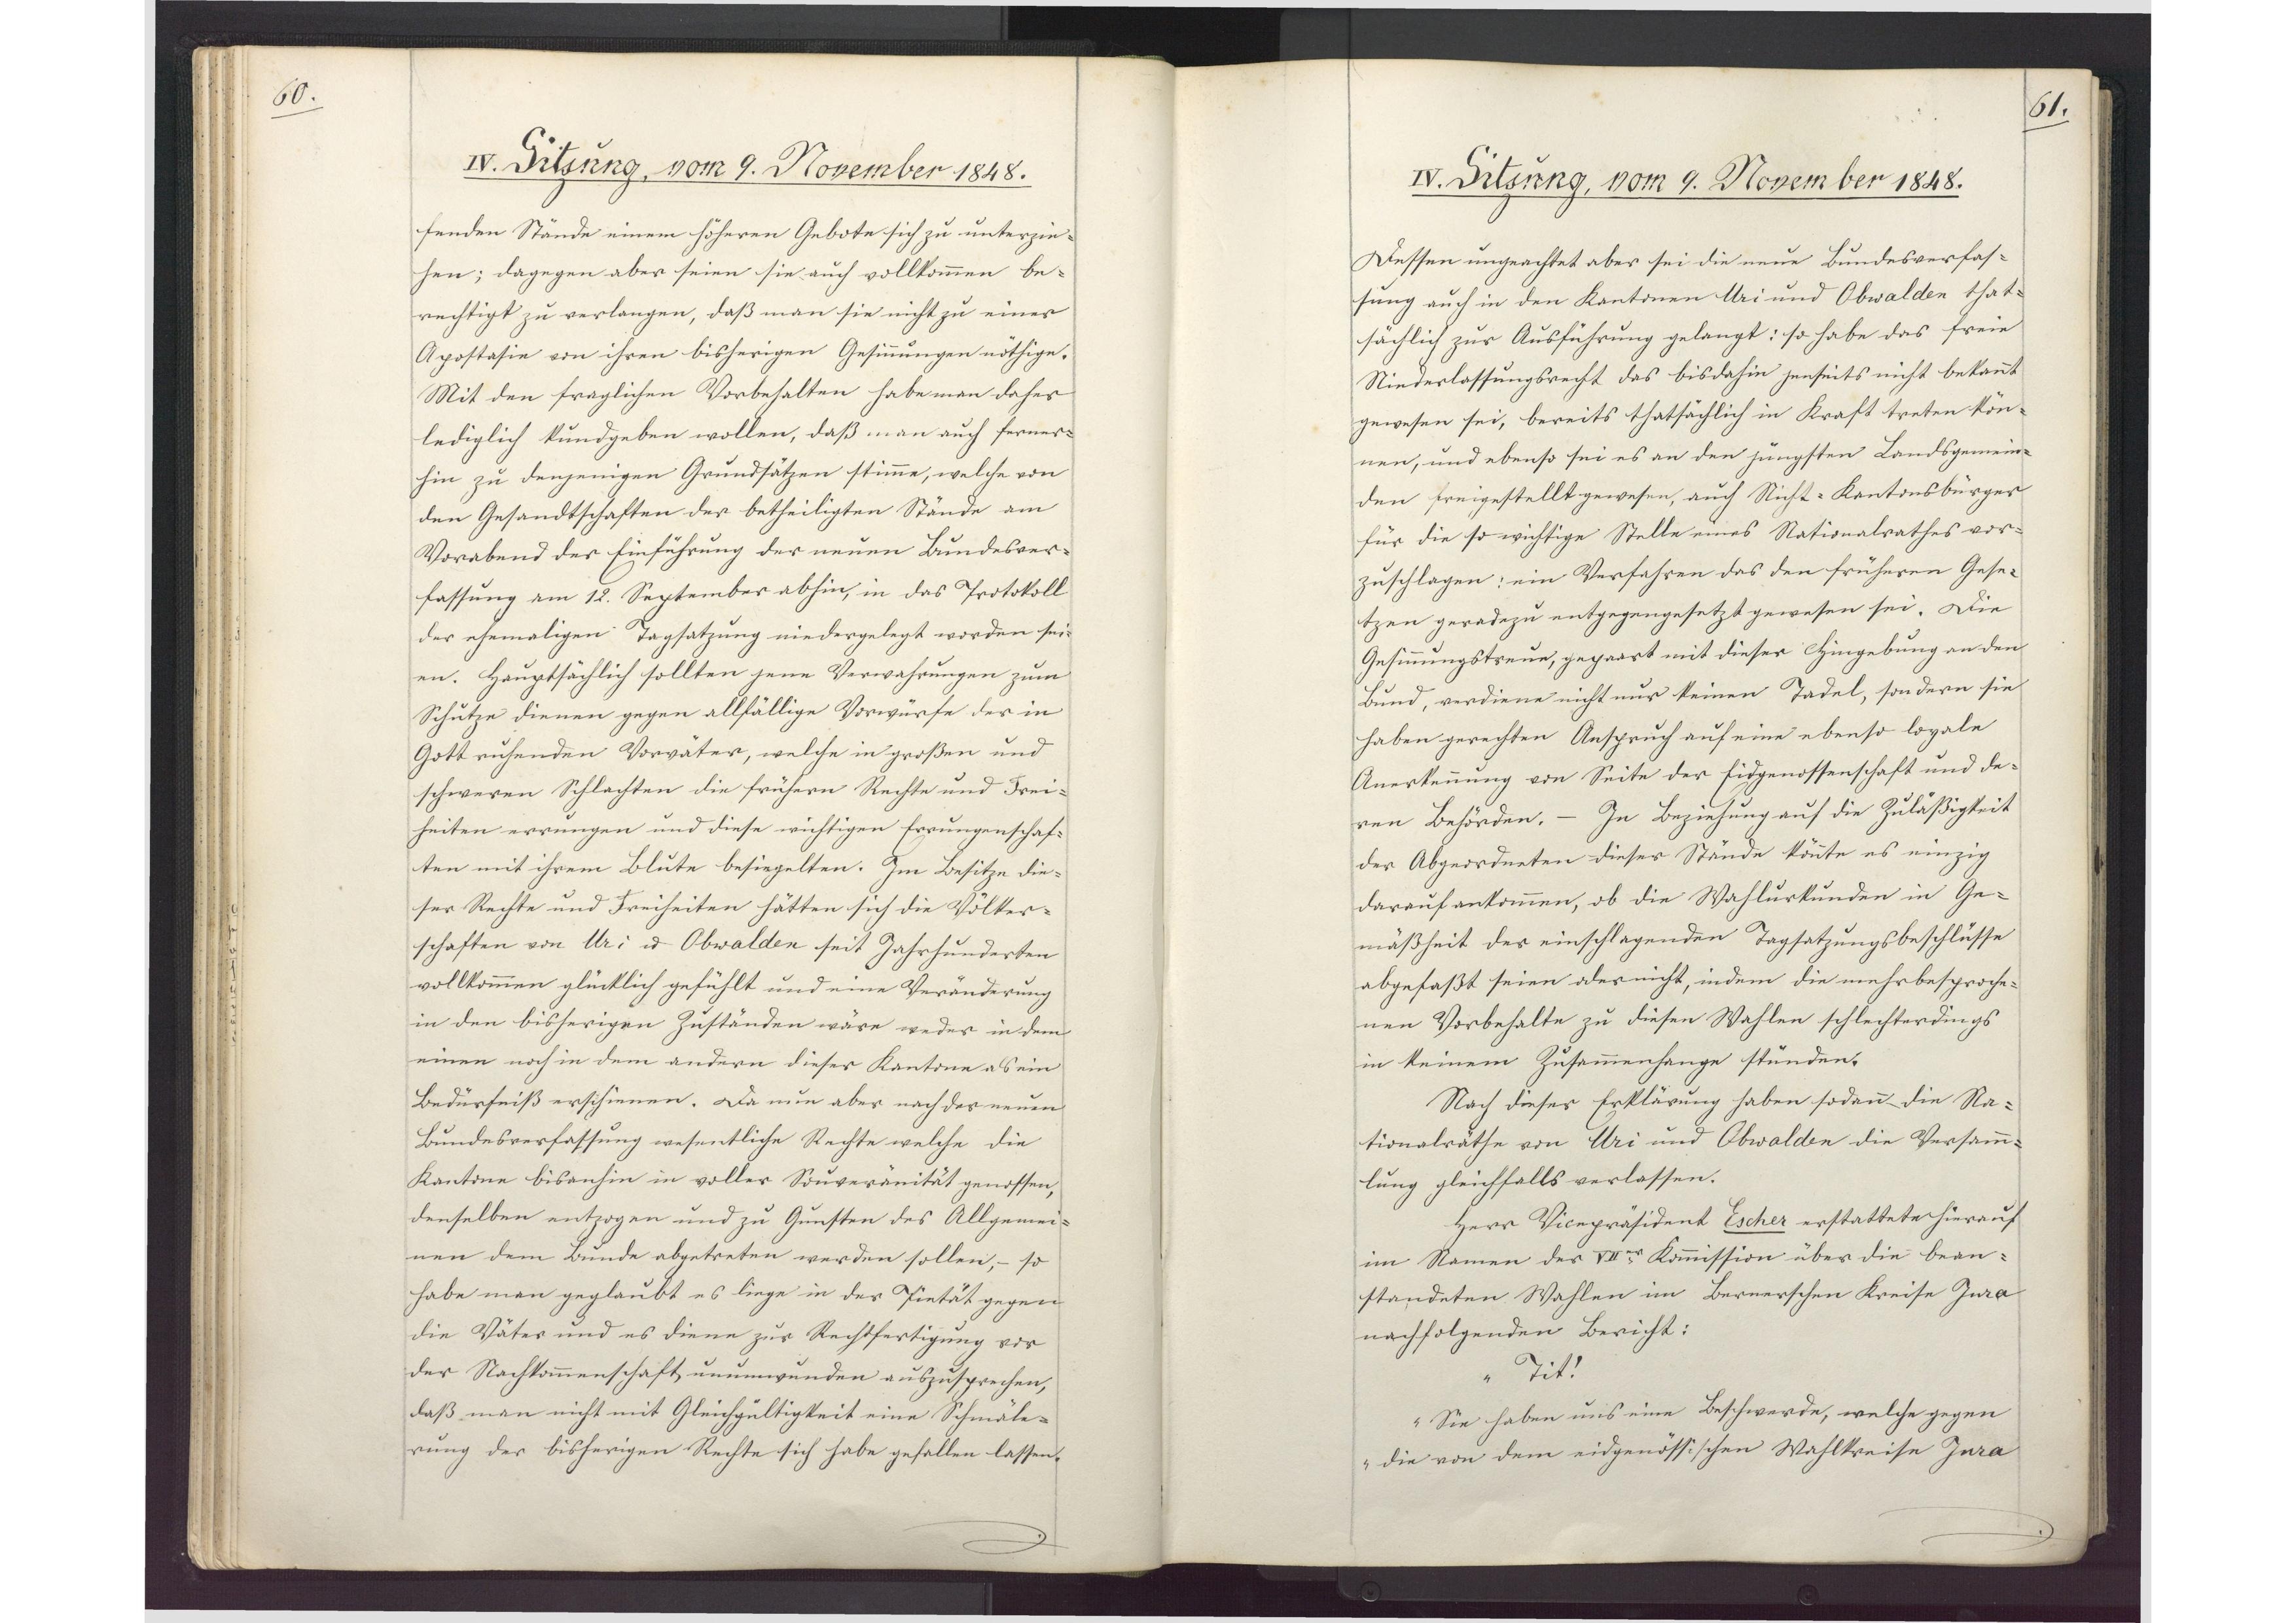
60.

IV. Sitzung, vom 9. November 1848.

fenden Stände einem höheren Gebote sich zu unterzie¬
hen; dagegen aber seien sie auch vollkommen be¬
rechtigt zu verlangen, daß man sie nicht zu einer
Apostasie von ihren bisherigen Gesinnungen nöthige.
Mit den fraglichen Vorbehalten habe man daher
lediglich kundgeben wollen, daß man auch ferner¬
hin zu denjenigen Grundsätzen stimme, welche von
den Gesandtschaften der betheiligten Stände am
Vorabend der Einführung der neuen Bundesver¬
fassung am 12. September abhin, in das Protokoll
der ehemaligen Tagsatzung niedergelegt worden sei¬
en. Hauptsächlich sollten jene Verwahrungen zum
Schutze dienen gegen allfällige Vorwürfe der in
Gott ruhenden Vorväter, welche in großen und
schweren Schlachten die frühern Rechte und Frei¬
heiten errungen und diese wichtigen Errungenschaf¬
ten mit ihrem Blute besiegelten. Im Besitze die¬
ser Rechte und Freiheiten hätten sich die Völker¬
schaften von Uri und Obwalden seit Jahrhunderten
vollkommen glücklich gefühlt und eine Veränderung
in den bisherigen Zuständen wäre weder in dem
einen noch in dem andern dieser Kantone als ein
Bedürfniß erschienen. Da nun aber nach der neuen
Bundesverfassung wesentliche Rechte welche die
Kantone bis anhin in voller Souveränität genossen,
denselben entzogen und zu Gunsten des Allgemei¬
nen dem Bunde abgetreten werden sollen, - so
habe man geglaubt es liege in der Pietät gegen
die Väter und es diene zur Rechtfertigung vor
der Nachkommenschaft unumwunden auszusprechen,
daß man nicht mit Gleichgültigkeit eine Schmäle¬
rung der bisherigen Rechte sich habe gefallen lassen.

61.

IV. Sitzung, vom 9. November 1848.

Dessen ungeachtet aber sei die neue Bundesverfas¬
sung auch in den Kantonen Uri und Obwalden that¬
sächlich zur Ausführung gelangt: so habe das freie
Niederlassungsrecht das bis dahin jenseits nicht bekannt
gewesen sei, bereits thatsächlich in Kraft treten kön¬
nen, und ebenso sei es an den jüngsten Landsgemein¬
den freigestellt gewesen, auch Nicht-Kantonsbürger
für die so wichtige Stelle eines Nationalrathes vor¬
zuschlagen; ein Verfahren das den früheren Gese¬
tzen geradezu entgegengesetzt gewesen sei. Die
Gesinnungstreue, gepaart mit dieser Hingebung an den
Bund, verdiene nicht nur keinen Tadel, sondern sie
haben gerechten Anspruch auf eine ebenso loyale
Anerkennung von Seite der Eidgenossenschaft und de¬
ren Behörden.- In Beziehung auf die Zuläßigkeit
der Abgeordneten dieser Stände könnte es einzig
darauf ankommen, ob die Wahlurkunden in Ge¬
mäßheit der einschlagenden Tagsatzungsbeschlüsse
abgefaßt seien oder nicht, indem die mehrbesproche¬
nen Vorbehalte zu diesen Wahlen schlechterdings
in keinem Zusammenhange stünden.
Nach dieser Erklärung haben sodann die Na¬
tionalräthe von Uri und Obwalden die Versamm¬
lung gleichfalls verlassen.
Herr Vicepräsident Escher erstattete hierauf
im Namen der VIIer Kommission über die bean¬
standeten Wahlen im Bernerschen Kreise Jura
nachfolgenden Bericht:
" Tit!
Sie haben uns eine Beschwerde, welche gegen
die von dem eidgenössischen Wahlkreise Jura